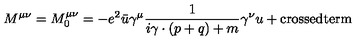
M ^ { \mu \nu } = M _ { 0 } ^ { \mu \nu } = - e ^ { 2 } \bar { u } \gamma ^ { \mu } \frac { 1 } { i \gamma \cdot ( p + q ) + m } \gamma ^ { \nu } u + \mathrm { c r o s s e d t e r m }